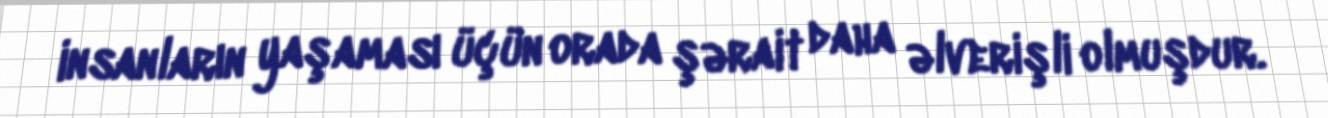
insanların yaşaması üçün orada şərait daha əlverişli olmuşdur.